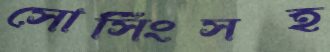
সোর্সিংসহ